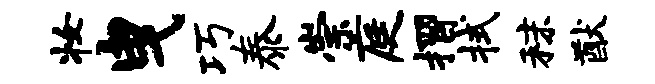
妆曳巧泰崇庭摺拭秣猷